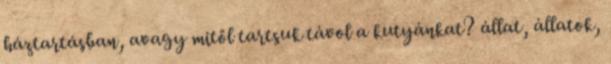
háztartásban, avagy mitől tartsuk távol a kutyánkat? állat, állatok,